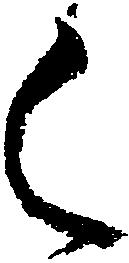
く